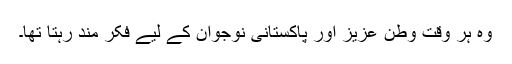
وہ ہر وقت وطن عزیز اور پاکستانی نوجوان کے لیے فکر مند رہتا تھا۔